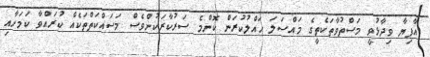
އާފިޔާ ވިދާޅުވީ މަސްތުވާތަކެތީގެ މައްސަލަ ހައްލުކުރަން ކޮންމެ ސަރުކާރަކުންވެސް މަސައްކަތްތަކެއް ކުރައްވާ ކަމަށާއި